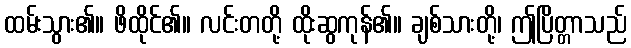
ထမ်းသွား၏။ ဖိထိုင်၏။ လင်းတတို့ ထိုးဆွကုန်၏။ ချစ်သားတို့၊ ဤပြိတ္တာသည်